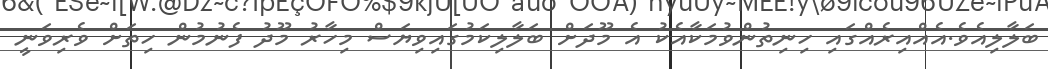
ބަލާލިއެވެ.އެއްއިރެއްގައި ހިނިތުންވުމަކާއެކު އެ މޫދަށް ބަލާލިކަމުގައިވިޔަސް މިހާރު މޫދު ފެނުމުން ހިތަށް ވެރިވަނީ